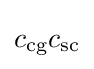
c_{\mathrm {cg} }c_{\mathrm {sc} }